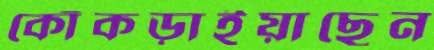
কোঁকড়াইয়াছেন